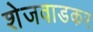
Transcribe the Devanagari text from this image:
शेजवाडकर